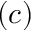
( c )